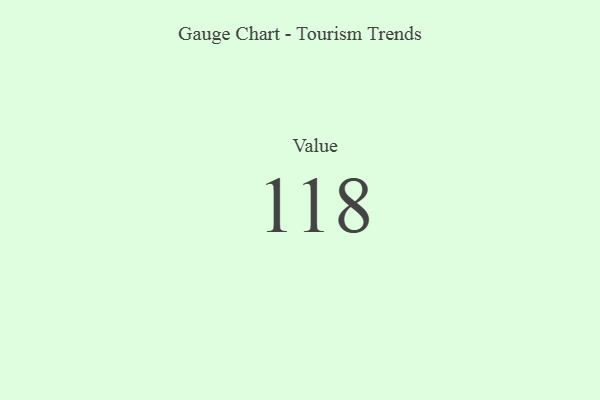
{"axis": {"x": "Metric", "y": "Value"}, "legend": [""], "data": [{"x": "Value", "y": 118, "type": ""}]}